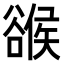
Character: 𧯁